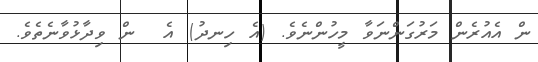
ން އެއުރެން މަރުގަންނަވާ މީހުންނެވެ. (އެ ހިނދު) އެ  ން ވިދާޅުވާނެތެވެ.